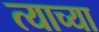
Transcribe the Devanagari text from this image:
त्‍याच्या